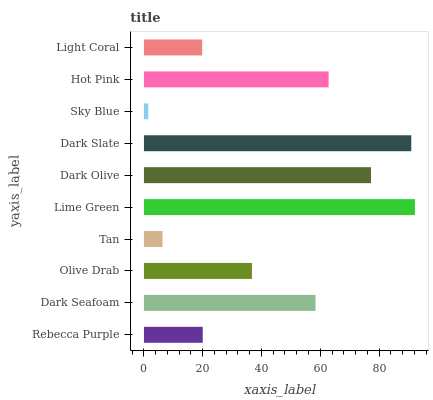
| yaxis_label | bars |
 | --- | --- |
 | Rebecca Purple | 20 |
 | Dark Seafoam | 58.4 |
 | Olive Drab | 36.8 |
 | Tan | 6.33 |
 | Lime Green | 92.2 |
 | Dark Olive | 77.3 |
 | Dark Slate | 91 |
 | Sky Blue | 1.45 |
 | Hot Pink | 62.9 |
 | Light Coral | 19.8 |